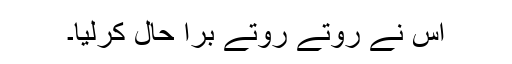
اس نے روتے روتے بْرا حال کرلیا۔